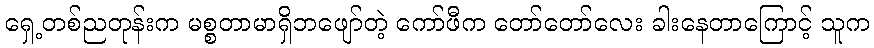
ရှေ့တစ်ညတုန်းက မစ္စတာမာရှိဘဖျော်တဲ့ ကော်ဖီက တော်တော်လေး ခါးနေတာကြောင့် သူက